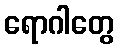
ရောဂါတွေ